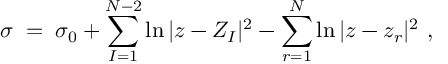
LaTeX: \sigma \; = \; \sigma _ { 0 } + \sum _ { I = 1 } ^ { N - 2 } \ln | z - Z _ { I } | ^ { 2 } - \sum _ { r = 1 } ^ { N } \ln | z - z _ { r } | ^ { 2 } \ ,